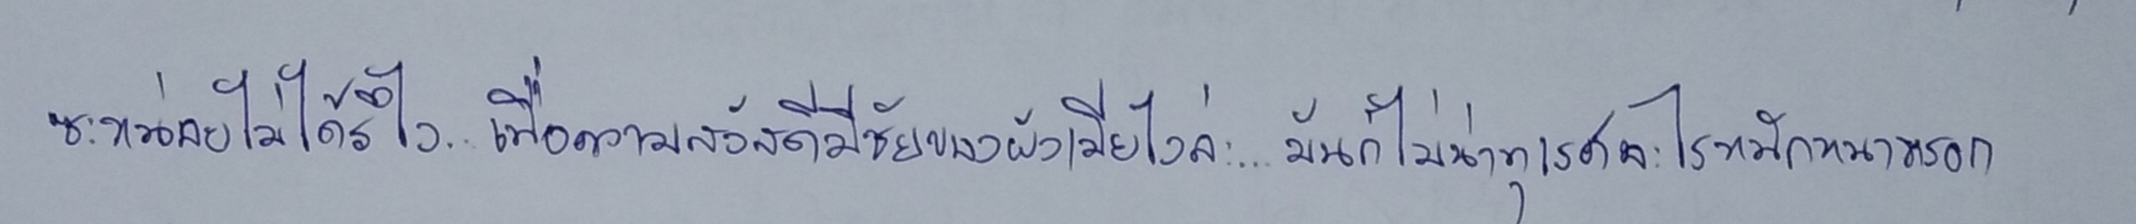
ซะหน่อยไม่ได้รึไง...เพื่อความสวัสดีมีชัยของผัวเมียไงล่ะ...มันก็ไม่น่าทุเรศอะไรหนักหนาหรอก